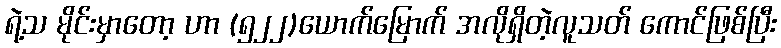
ရဲ့သ မိုင်းမှာတော့ ဟာ (၅၂၂)ယောက်မြောက် အလိုရှိတဲ့လူသတ် ကောင်ဖြစ်ပြီး